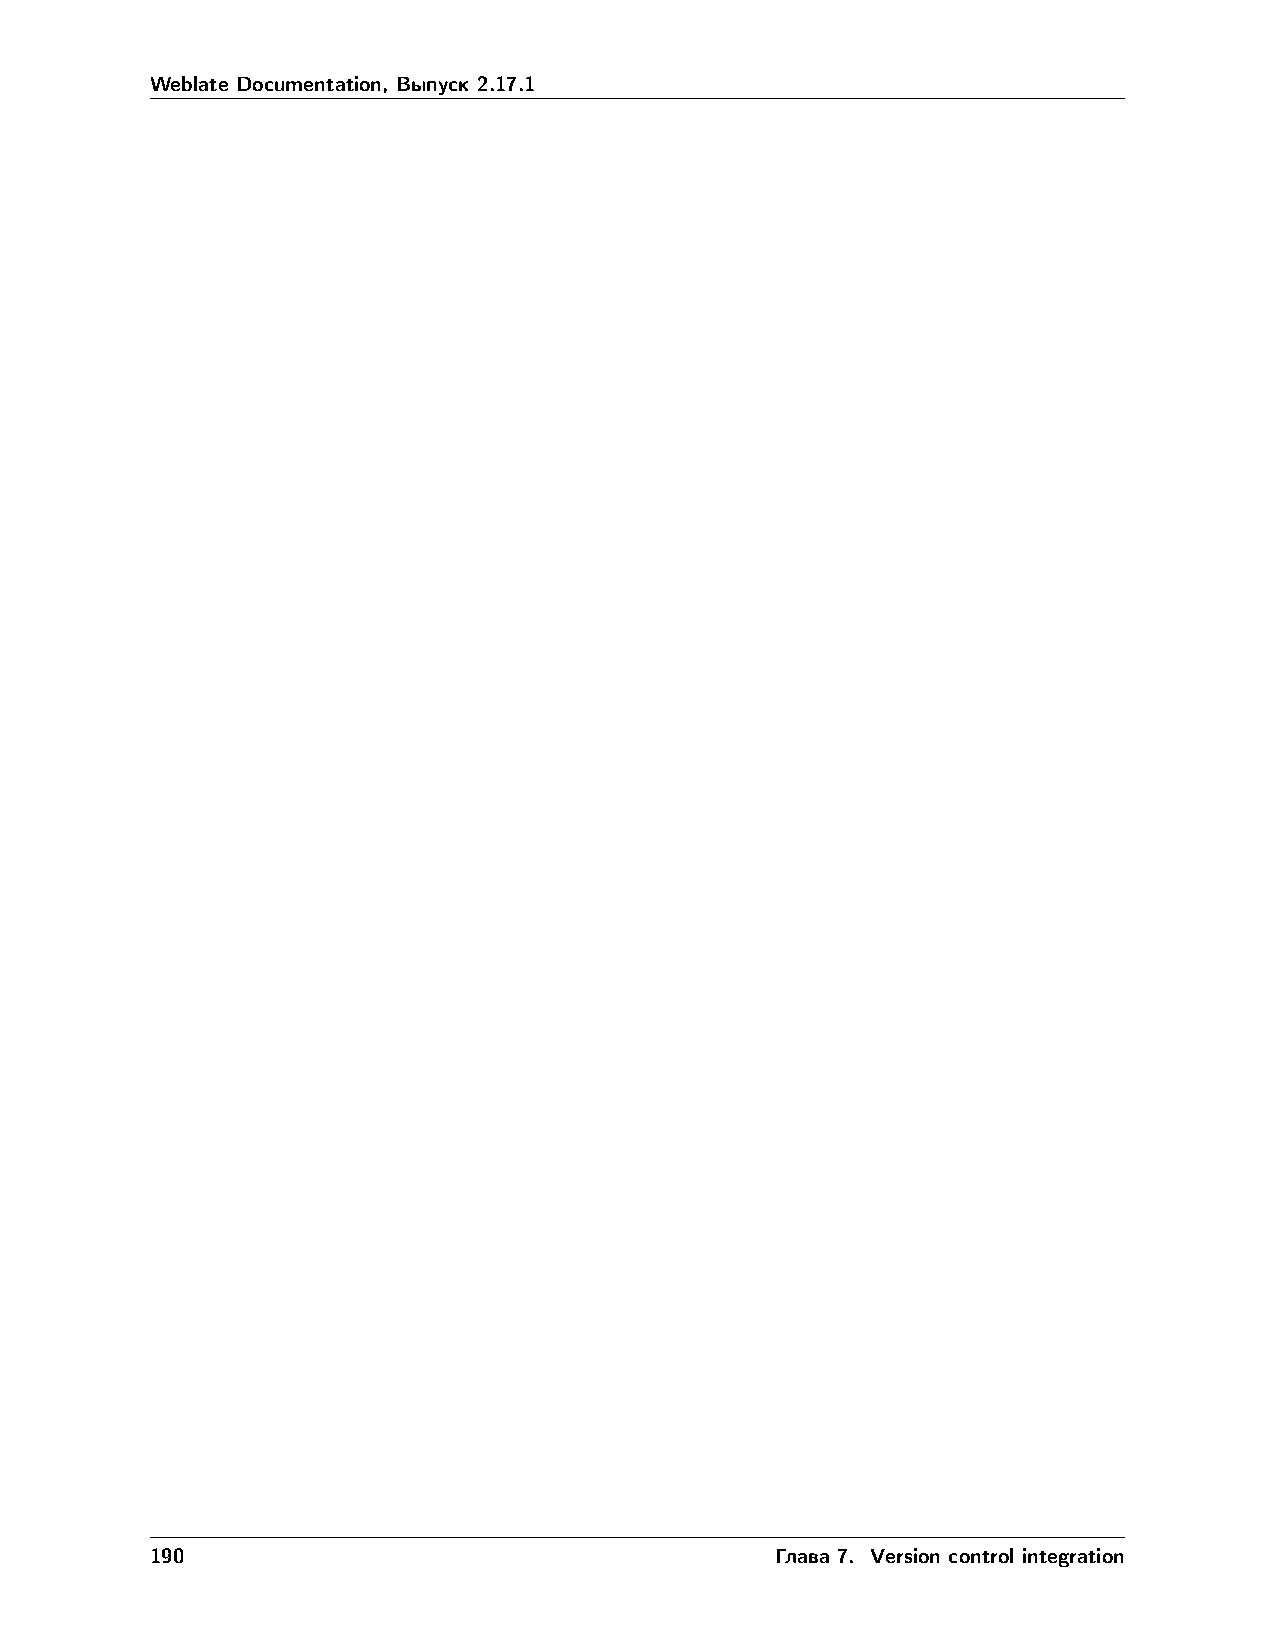
Weblate Documentation, Выпуск 2.17.1
 190                                      Глава 7. Version control integration